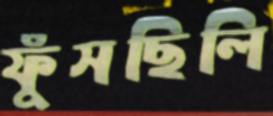
ফুঁসছিলি